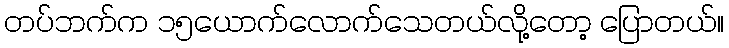
တပ်ဘက်က ၁၅ယောက်လောက်သေတယ်လို့တော့ ပြောတယ်။